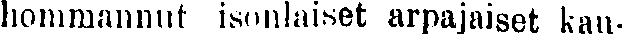
hommannut isonlaiset arpajaiset kau-